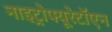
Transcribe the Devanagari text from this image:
नाइट्रोफ्यूरेटॉएन